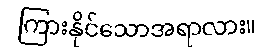
ကြားနိုင်သောအရာလား။